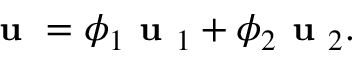
\small \textbf { u } = \phi _ { 1 } \textbf { u } _ { 1 } + \phi _ { 2 } \textbf { u } _ { 2 } .